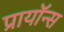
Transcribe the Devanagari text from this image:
प्रायॉन्स